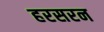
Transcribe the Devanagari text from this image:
हरसरन